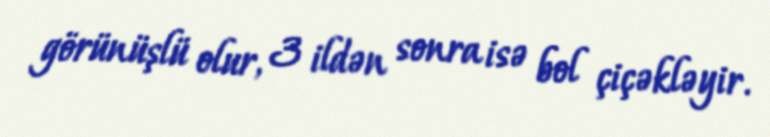
görünüşlü olur, 3 ildən sonra isə bol çiçəkləyir.